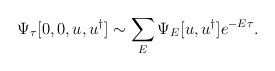
\begin{align*}\Psi _{\tau }[0,0,u,u^{\dagger }]\sim \sum _{E}\Psi _{E}[u,u^{\dagger }]e^{-E\tau }.\end{align*}